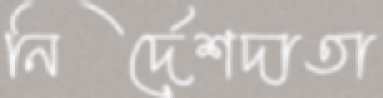
নির্দেশদাতা